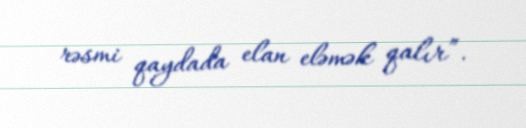
rəsmi qaydada elan eləmək qalır”.